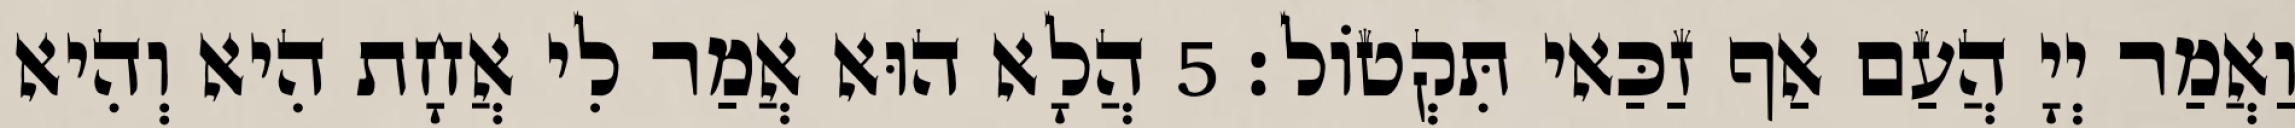
וַאֲמַר יְיָ הֲעַם אַף זַכַּאי תִּקְטוֹל׃ 5 הֲלָא הוּא אֲמַר לִי אֲחָת הִיא וְהִיא